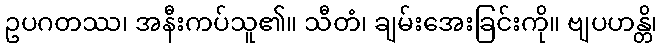
ဥပဂတဿ၊ အနီးကပ်သူ၏။ သီတံ၊ ချမ်းအေးခြင်းကို။ ဗျပဟန္တိ၊